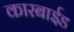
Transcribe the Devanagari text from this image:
कारबाईड